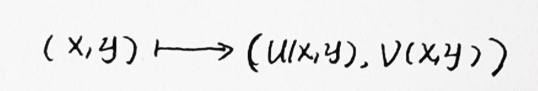
\[
(x,y)\longmapsto (u(x,y),v(x,y))
\]